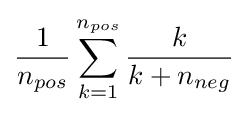
{\frac {1}{n_{pos}}}\sum _{k=1}^{n_{pos}}{\frac {k}{k+n_{neg}}}